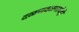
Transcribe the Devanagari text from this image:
दळणवळणाचेही